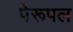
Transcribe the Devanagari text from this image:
पेरूपल